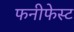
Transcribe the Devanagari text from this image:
फनीफेस्ट